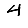
Digit: 4